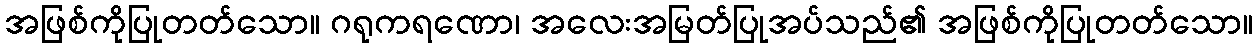
အဖြစ်ကိုပြုတတ်သော။ ဂရုကရဏော၊ အလေးအမြတ်ပြုအပ်သည်၏ အဖြစ်ကိုပြုတတ်သော။